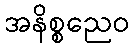
အနိစ္စညေဝ